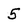
Character: 5